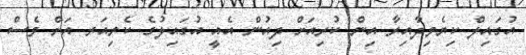
އުގައިލް ކިޔެވިދާއިރާ އިން ކުރިއަށް ދިއުން އެއީ އުގައިލުގެ ކެރިއަރ އަށް ވެސް